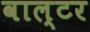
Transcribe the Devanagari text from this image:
वाल्‍टर